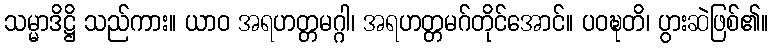
သမ္မာဒိဋ္ဌိ သည်ကား။ ယာဝ အရဟတ္တမဂ္ဂါ၊ အရဟတ္တမဂ်တိုင်အောင်။ ပဝဍ္ဎတိ၊ ပွားဆဲဖြစ်၏။